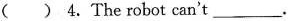
( ) 4. The robot can't ___ .